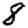
Digit: 8